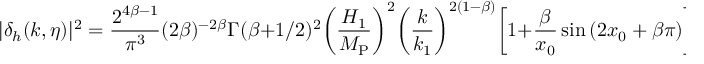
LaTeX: | \delta _ { h } ( k , \eta ) | ^ { 2 } = \frac { 2 ^ { 4 \beta - 1 } } { \pi ^ { 3 } } ( 2 \beta ) ^ { - 2 \beta } \Gamma ( \beta + 1 / 2 ) ^ { 2 } \biggl ( \frac { H _ { 1 } } { M _ { \mathrm { P } } } \biggr ) ^ { 2 } \biggl ( \frac { k } { k _ { 1 } } \biggr ) ^ { 2 ( 1 - \beta ) } \biggl [ 1 + \frac { \beta } { x _ { 0 } } \sin { ( 2 x _ { 0 } + \beta \pi ) } \biggr ] ,